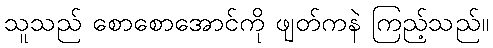
သူသည် စောစောအောင်ကို ဖျတ်ကနဲ ကြည့်သည်။